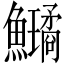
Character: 𩽗